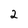
Character: 2